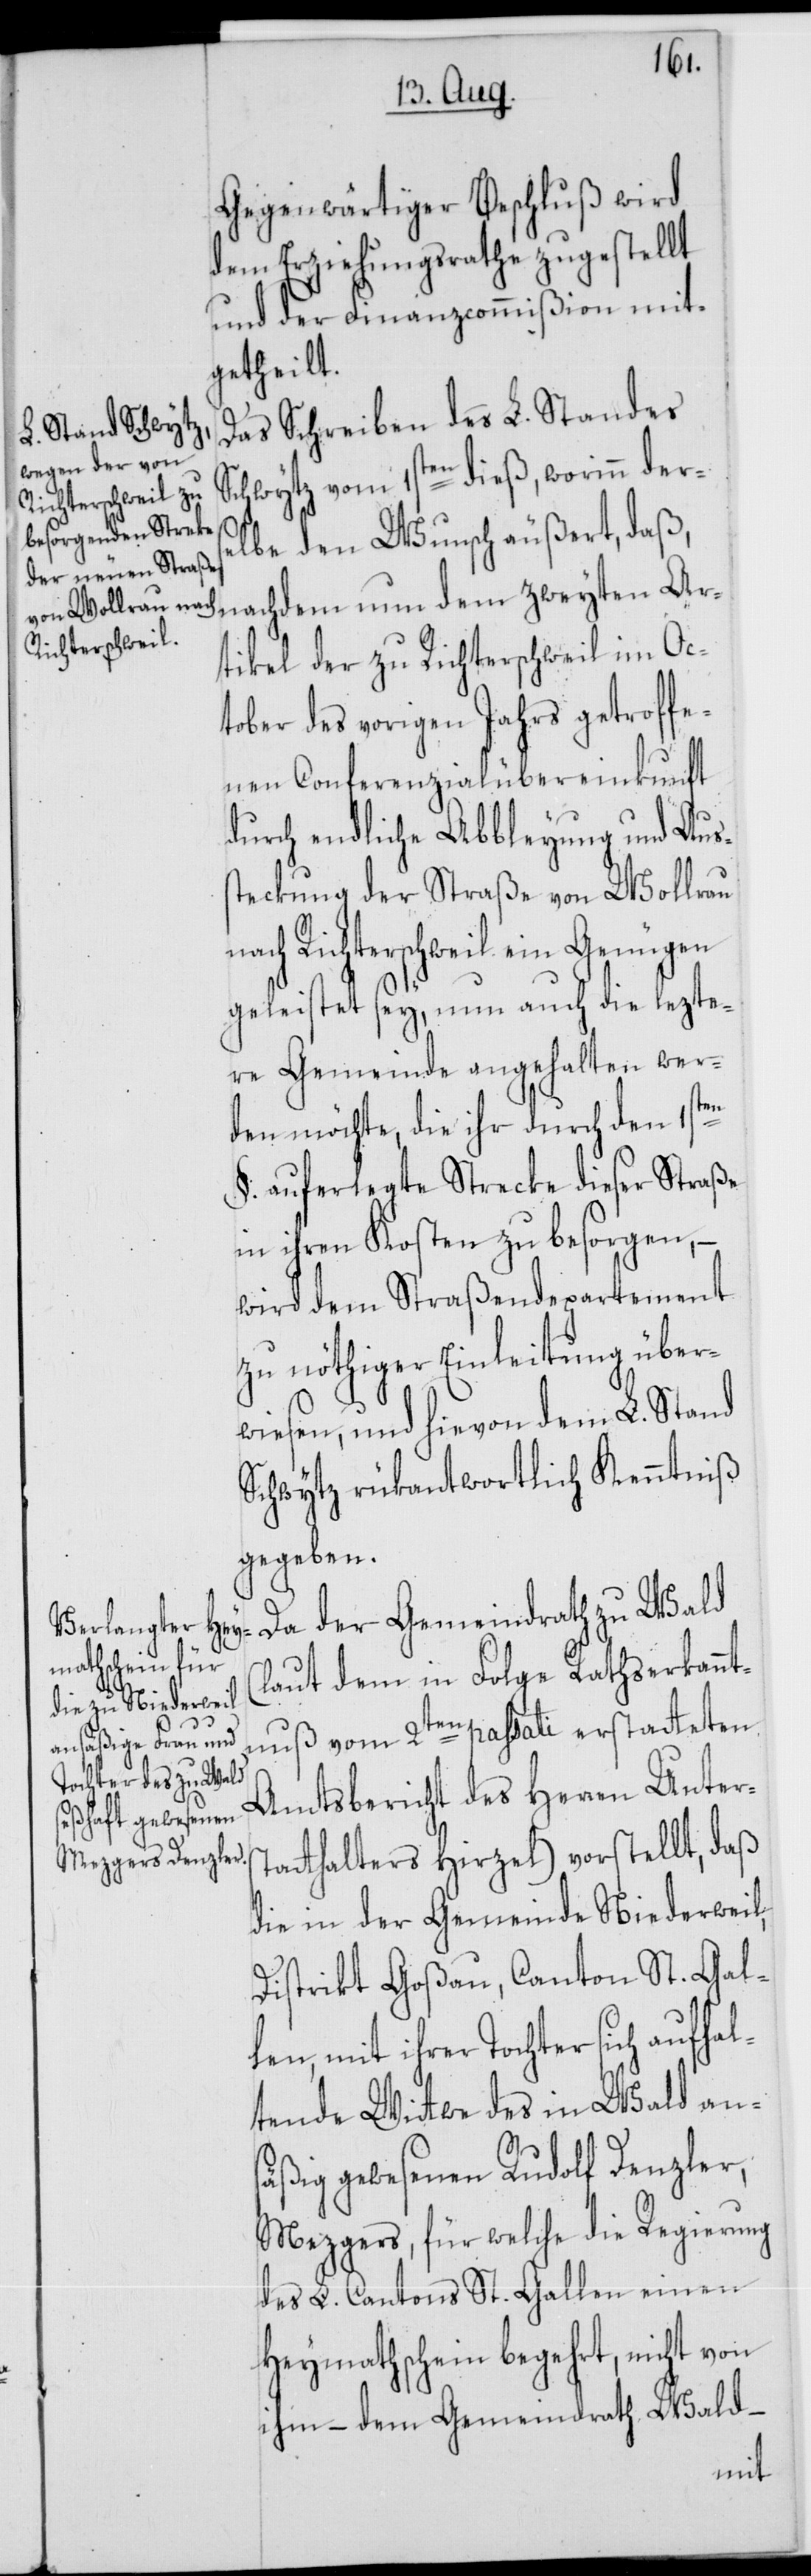
Gegenwärtiger Beschluß wird
dem Erziehungsrathe zugestellt
und der Finanzcommißion mit¬
getheilt.
Das Schreiben des L. Standes
Schwytz vom 1sten dieß, worinn ders¬
elbe den Wunsch äußert, daß,
tikel der zu Richterschweil im Oc¬
tober des vorigen Jahrs getroffe¬
nen Conferenzialübereinkunft
durch endliche Abbleyung und Auss¬
teckung der Straße von Wollrau
ach Richterschweil ein Genügen
geleistet sey, nun auch die lezte¬
re Gemeinde angehalten wer¬
ten
den möchte, die ihr durch den 1s¬
§. auferlegte Strecke dieser Straße
in ihren Kosten zu besorgen, –
wird dem Straßendepartement
zu nöthiger Einleitung über¬
wiesen, und hievon dem L. Stand
Schwytz rükantwortlich Kenntniß
gegeben.
Da der Gemeindrath zu Wald
(laut dem in Folge Rathserkannt¬
nuß vom 2ten passati erstatteten
Amtsbericht des Herren Unters¬
tatthalters Hirzel) vorstellt, daß
die in der Gemeinde Niederweil,
Distrikt Goßau, Canton St. Gal¬
len, mit ihrer Tochter sich aufhal¬
tende Wittwe des in Wald ans¬
äßig gewesenen Rudolf Denzler,
Mezgers, für welche die Regierung
des L. Cantons St. Gallen einen
Heymathschein begehrt, nicht von
ihm, – dem Gemeindrath Wald –